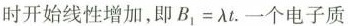
时开始线性增加，即$$B _ { 1 } = λ t$$。一个电子质